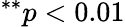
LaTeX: ^{**}p<0.01